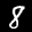
Label: 8